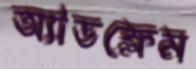
অ্যাডফ্লেম